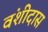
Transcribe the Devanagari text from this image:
वंशीदास